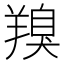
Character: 䍹